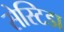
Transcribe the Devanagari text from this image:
सेस्टिडा